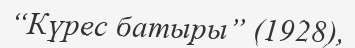
“Күрес батыры” (1928),